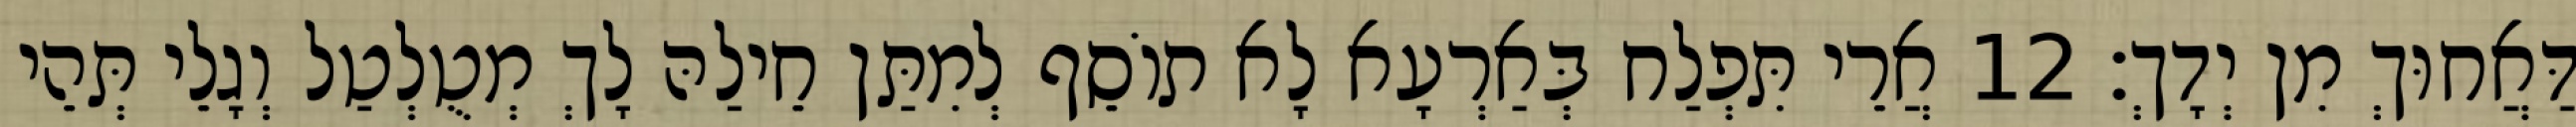
דַּאֲחוּךְ מִן יְדָךְ׃ 12 אֲרֵי תִּפְלַח בְּאַרְעָא לָא תוֹסֵף לְמִתַּן חֵילַהּ לָךְ מְטֻלְטַל וְגָלֵי תְּהֵי